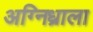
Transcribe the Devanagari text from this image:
अग्निध्राला